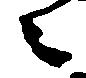
々